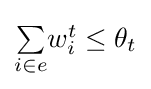
\textstyle {\underset {i\in e}{\sum }}w_{i}^{t}\leq \theta _{t}